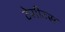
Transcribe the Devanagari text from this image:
टेसीटस